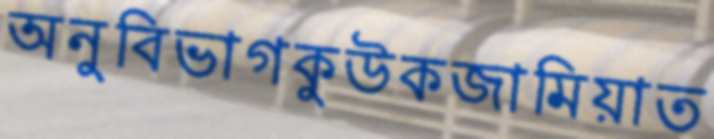
অনুবিভাগকুউকজামিয়াত